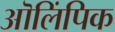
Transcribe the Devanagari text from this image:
ऒलिंपिक